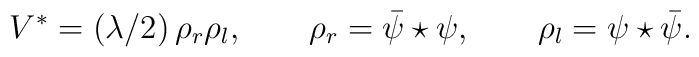
V^*=(\lambda/2)\,\rho_{r}\rho_{l},\qquad\rho_{r}=\bar{\psi}\star\psi,\qquad\rho_{l}=\psi\star\bar{\psi}.